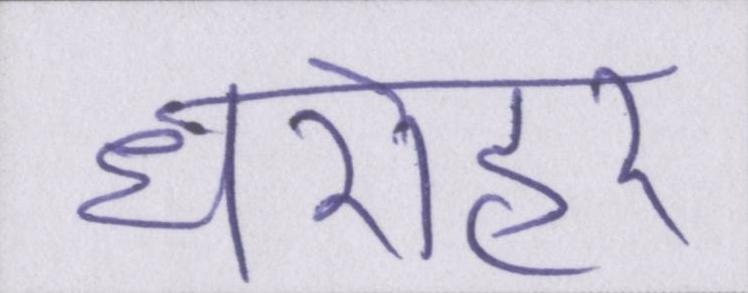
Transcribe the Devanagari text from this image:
धरोहर